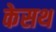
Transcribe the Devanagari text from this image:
केसथ